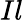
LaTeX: Il